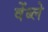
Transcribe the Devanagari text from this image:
वेंब्ले